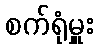
စက်ရုံမှူး